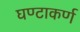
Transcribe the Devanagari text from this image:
घण्टाकर्ण